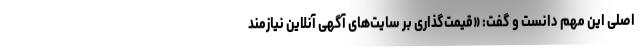
اصلی این مهم دانست و گفت: «قیمت‌گذاری بر سایت‌های آگهی آنلاین نیازمند